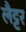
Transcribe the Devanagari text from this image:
लैट्टर